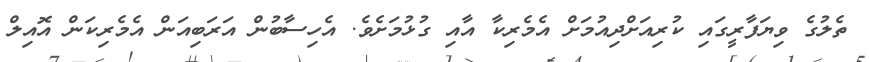
ތެލުގެ ވިޔަފާރީގައި ކުރިއަށްދިއުމަށް އެމެރިކާ އާއި ގުޅުމަށެވެ. އެހިސާބުން އަރަބިއަން އެމެރިކަން އޮއިލް